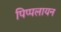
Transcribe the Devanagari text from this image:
पिप्पलायन